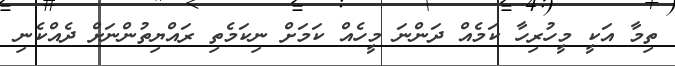
ތިމާ އަކީ މީހުރިހާ ކަމެއް ދަންނަ މީހެއް ކަމަށް ނިކަމެތި ރައްޔިތުންނަށް ދެެއްކެނި